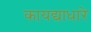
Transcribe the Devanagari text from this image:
कायद्याधारे